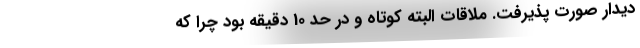
دیدار صورت پذیرفت. ملاقات البته کوتاه و در حد 10 دقیقه بود چرا که